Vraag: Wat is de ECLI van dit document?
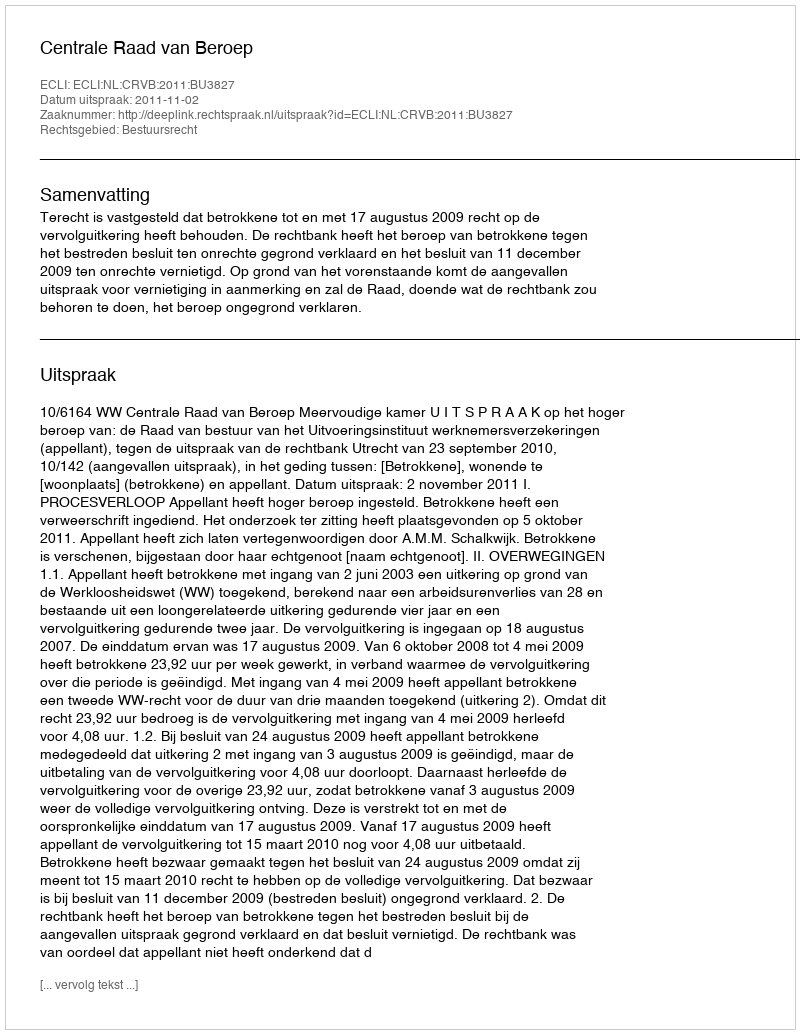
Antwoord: ECLI:NL:CRVB:2011:BU3827